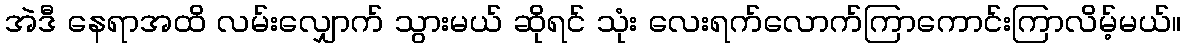
အဲဒီ နေရာအထိ လမ်းလျှောက် သွားမယ် ဆိုရင် သုံး လေးရက်လောက်ကြာကောင်းကြာလိမ့်မယ်။